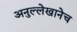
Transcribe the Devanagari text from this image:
अनुल्लेखानेच